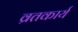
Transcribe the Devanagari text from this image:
व्रतकार्य